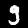
Digit: 9